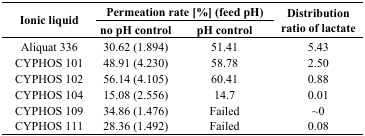
<table><thead><tr><td rowspan="3"><b>Ionic liquid</b></td><td colspan="2"><b>Permeation rate [%] (feed pH)</b></td><td rowspan="3"><b>Distribution ratio of lactate</b></td></tr><tr><td><b>no pH control</b></td><td><b>pH control</b></td></tr></thead><tbody><tr><td>Aliquat 336</td><td>30.62 (1.894)</td><td>51.41</td><td>5.43</td></tr><tr><td>CYPHOS 101</td><td>48.91 (4.230)</td><td>58.78</td><td>2.50</td></tr><tr><td>CYPHOS 102</td><td>56.14 (4.105)</td><td>60.41</td><td>0.88</td></tr><tr><td>CYPHOS 104</td><td>15.08 (2.556)</td><td>14.7</td><td>0.01</td></tr><tr><td>CYPHOS 109</td><td>34.86 (1.476)</td><td>Failed</td><td>∼0</td></tr><tr><td>CYPHOS 111</td><td>28.36 (1.492)</td><td>Failed</td><td>0.08</td></tr></tbody></table>